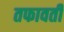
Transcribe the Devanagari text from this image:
तफावती